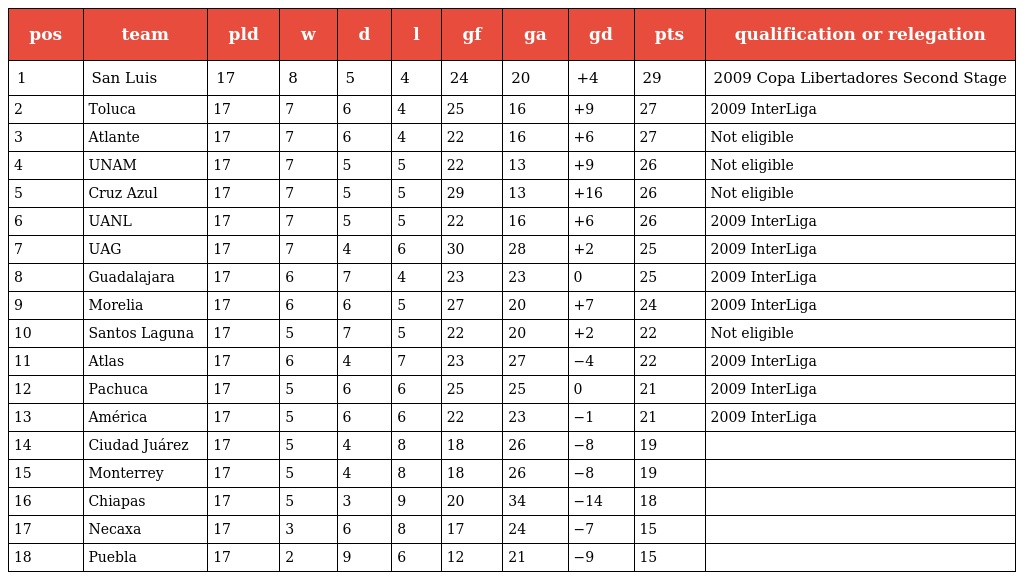
| pos | team | pld | w | d | l | gf | ga | gd | pts | qualification or relegation |
 | --- | --- | --- | --- | --- | --- | --- | --- | --- | --- | --- |
 | 1 | San Luis | 17 | 8 | 5 | 4 | 24 | 20 | +4 | 29 | 2009 Copa Libertadores Second Stage |
 | 2 | Toluca | 17 | 7 | 6 | 4 | 25 | 16 | +9 | 27 | 2009 InterLiga |
 | 3 | Atlante | 17 | 7 | 6 | 4 | 22 | 16 | +6 | 27 | Not eligible |
 | 4 | UNAM | 17 | 7 | 5 | 5 | 22 | 13 | +9 | 26 | Not eligible |
 | 5 | Cruz Azul | 17 | 7 | 5 | 5 | 29 | 13 | +16 | 26 | Not eligible |
 | 6 | UANL | 17 | 7 | 5 | 5 | 22 | 16 | +6 | 26 | 2009 InterLiga |
 | 7 | UAG | 17 | 7 | 4 | 6 | 30 | 28 | +2 | 25 | 2009 InterLiga |
 | 8 | Guadalajara | 17 | 6 | 7 | 4 | 23 | 23 | 0 | 25 | 2009 InterLiga |
 | 9 | Morelia | 17 | 6 | 6 | 5 | 27 | 20 | +7 | 24 | 2009 InterLiga |
 | 10 | Santos Laguna | 17 | 5 | 7 | 5 | 22 | 20 | +2 | 22 | Not eligible |
 | 11 | Atlas | 17 | 6 | 4 | 7 | 23 | 27 | −4 | 22 | 2009 InterLiga |
 | 12 | Pachuca | 17 | 5 | 6 | 6 | 25 | 25 | 0 | 21 | 2009 InterLiga |
 | 13 | América | 17 | 5 | 6 | 6 | 22 | 23 | −1 | 21 | 2009 InterLiga |
 | 14 | Ciudad Juárez | 17 | 5 | 4 | 8 | 18 | 26 | −8 | 19 |  |
 | 15 | Monterrey | 17 | 5 | 4 | 8 | 18 | 26 | −8 | 19 |  |
 | 16 | Chiapas | 17 | 5 | 3 | 9 | 20 | 34 | −14 | 18 |  |
 | 17 | Necaxa | 17 | 3 | 6 | 8 | 17 | 24 | −7 | 15 |  |
 | 18 | Puebla | 17 | 2 | 9 | 6 | 12 | 21 | −9 | 15 |  |